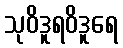
သုဝိဒူရဝိဒူရေ